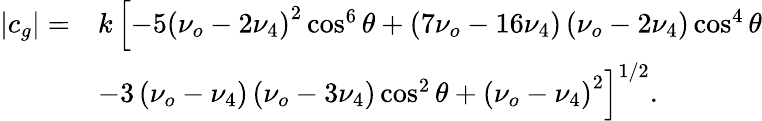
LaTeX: \begin{array}{rl}{|c_{g}|=}&{k\left[-5\left(\nu_{o}-2\nu_{4}\right)^{2}\cos^{6}\theta+\left(7\nu_{o}-16\nu_{4}\right)\left(\nu_{o}-2\nu_{4}\right)\cos^{4}\theta\right.}\\ &{\left.-3\left(\nu_{o}-\nu_{4}\right)\left(\nu_{o}-3\nu_{4}\right)\cos^{2}\theta+\left(\nu_{o}-\nu_{4}\right)^{2}\right]^{1/2}.}\end{array}